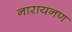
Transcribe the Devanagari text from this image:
नारायनण